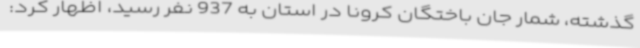
گذشته، شمار جان باختگان کرونا در استان به 937 نفر رسید، اظهار کرد: